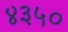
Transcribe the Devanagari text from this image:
४३५०